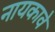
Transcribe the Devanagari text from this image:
नायकावे